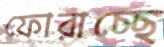
ফোরাচ্ছে